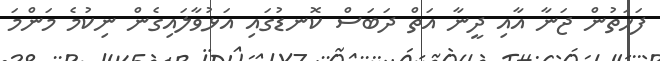
ފަހަތުން ޖަނާ އާއި ދީނާ އަތް ދަބަސް ކޮނޑުގައި އަޅުވާލައިގެން ނިކުމެ މަންމަ